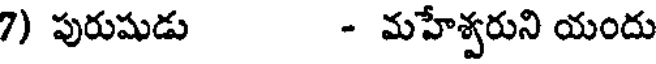
7) పురుషుడు - మహేశ్వరుని యందు